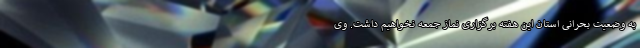
به وضعیت بحرانی استان این هفته برگزاری نماز جمعه نخواهیم داشت. وی